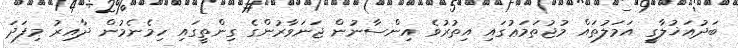
ބަދުއަޚުލާގީ އަމަލުތައް މުޖުތަމަޢުގައި އިތުރުވެ އިންސާނުން ޖަނަވާރުންގެ ގިންތީގައި ހިމެނެމުން ދާއިރު މިފަދަ